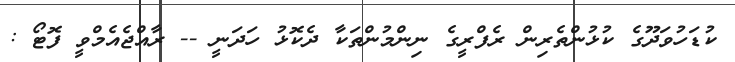
ކުޑަހުވަދޫގެ ކުޅުންތެރިން ރެފްރީގެ ނިންމުންތަކާ ދެކޮޅު ހަަދަނީ -- ރާއްޖެއެމްވީ ފޮޓޯ :